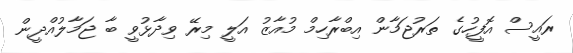
ރައީސް އޮފީހުގެ ތަރުޖަމާން އިބްރާހިމް މުއާޒު އަލީ މިރޭ ވިދާޅުވީ ބާ ޖަމާލުއްދީން